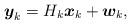
LaTeX: \begin{align*}\boldsymbol{y}_k = H_k \boldsymbol{x}_k + \boldsymbol{w}_k,\end{align*}